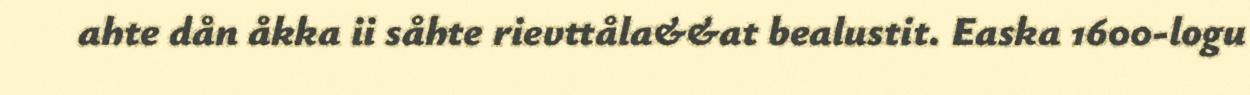
ahte dån åkka ii såhte rievttåla&&at bealustit. Easka 1600-logu